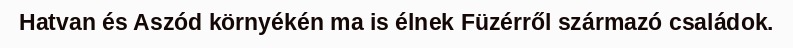
Hatvan és Aszód környékén ma is élnek Füzérről származó családok.